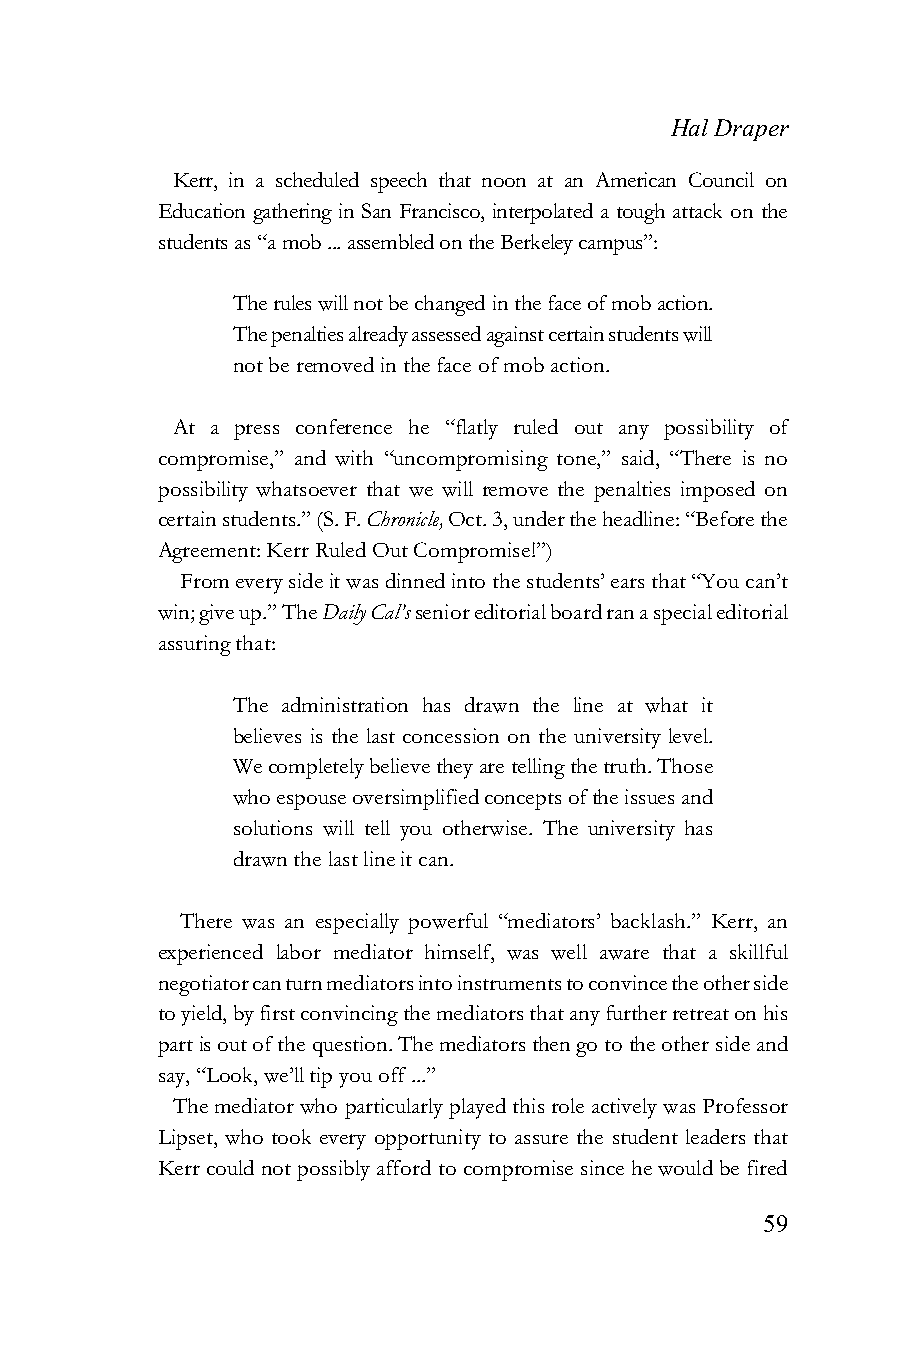
Hal Draper
 Kerr, in a scheduled speech that noon at an American Council on
 Education gathering in San Francisco, interpolated a tough attack on the
 students as “a mob ... assembled on the Berkeley campus”:
 The rules will not be changed in the face of mob action.
 The penalties already assessed against certain students will
 not be removed in the face of mob action.
 At a press conference he “flatly ruled out any possibility of
 compromise,” and with “uncompromising tone,” said, “There is no
 possibility whatsoever that we will remove the penalties imposed on
 certain students.” (S. F. Chronicle, Oct. 3, under the headline: “Before the
 Agreement: Kerr Ruled Out Compromise!”)
 From every side it was dinned into the students’ ears that “You can’t
 win; give up.” The Daily Cal’s senior editorial board ran a special editorial
 assuring that:
 The administration has drawn the line at what it
 believes is the last concession on the university level.
 We completely believe they are telling the truth. Those
 who espouse oversimplified concepts of the issues and
 solutions will tell you otherwise. The university has
 drawn the last line it can.
 There was an especially powerful “mediators’ backlash.” Kerr, an
 experienced labor mediator himself, was well aware that a skillful
 negotiator can turn mediators into instruments to convince the other side
 to yield, by first convincing the mediators that any further retreat on his
 part is out of the question. The mediators then go to the other side and
 say, “Look, we’ll tip you off ...”
 The mediator who particularly played this role actively was Professor
 Lipset, who took every opportunity to assure the student leaders that
 Kerr could not possibly afford to compromise since he would be fired
 59